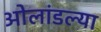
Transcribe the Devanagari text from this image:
ओलांडल्या